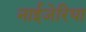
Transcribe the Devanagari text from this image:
नाईजेरिया